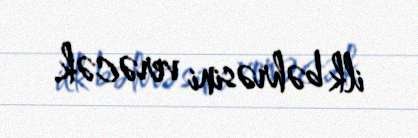
ilk bəhrəsini verəcək.